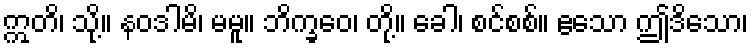
ဣတိ၊ သို့။ နဝဒါမိ၊ မမူ။ ဘိက္ခဝေ၊ တို့။ ခေါ၊ စင်စစ်။ ဧသော ဤဒိသော၊